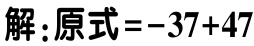
解：原式\(=-37 + 47\)